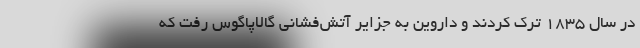
در سال ۱۸۳۵ ترک کردند و داروین به جزایر آتش‌فشانی گالاپاگوس رفت که